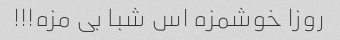
روزا خوشمزه اس شبا بی مزه!!!